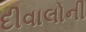
દીવાલોની